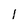
Character: I